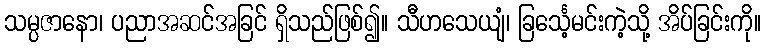
သမ္ပဇာနော၊ ပညာအဆင်အခြင် ရှိသည်ဖြစ်၍။ သီဟသေယျံ၊ ခြင်္သေ့မင်းကဲ့သို့ အိပ်ခြင်းကို။